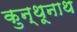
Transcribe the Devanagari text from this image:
कुन्थूनाथ